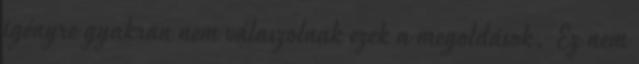
igényre gyakran nem válaszolnak ezek a megoldások. Ez nem